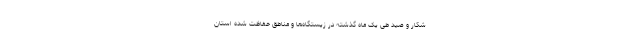
شکار و صید طی یک ماه گذشته در زیستگاه‌ها و مناطق حفاظت شده استان